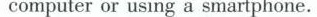
computer or using a smartphone.